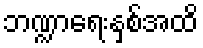
ဘဏ္ဍာရေးနှစ်အထိ